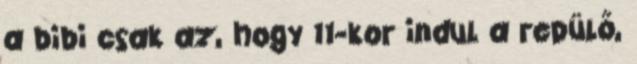
a bibi csak az, hogy 11-kor indul a repülő,